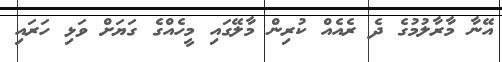
އޭނާ މާރާލުމުގެ ދެ ރެއެއް ކުރިން މާލޭގައި މީހެއްގެ ގަޔަށް ވަޅި ހަރައި